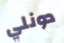
دونلي